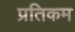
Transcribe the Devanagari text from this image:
प्रतिकम